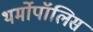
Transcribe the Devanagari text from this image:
थर्मोपॉलिस